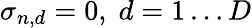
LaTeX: \sigma_{n,d}=0,\; d=1\ldots D